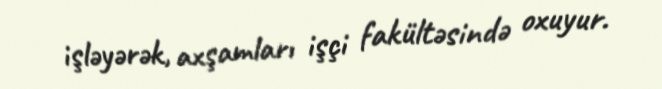
işləyərək, axşamları işçi fakültəsində oxuyur.